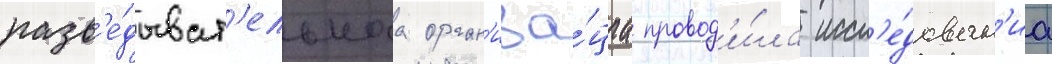
разв'е́дыват'ельнаа орган'иза́циа провод'и́ла иссл'е́дован'иа